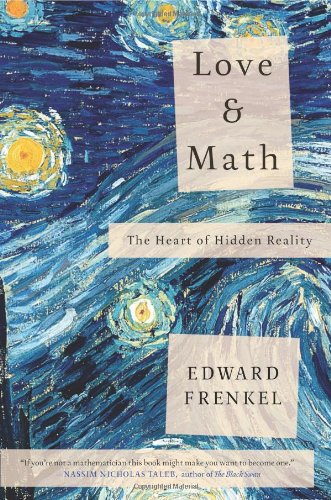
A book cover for Love and Math: The Heart of Hidden Reality; Edward Frenkel; Science & Math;